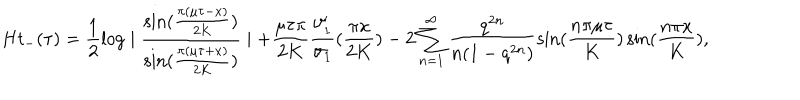
H t _ { - } ( \tau ) = \frac { 1 } { 2 } \log \mid \frac { \sin ( \frac { \pi ( \mu \tau - x ) } { 2 K } ) } { \sin ( \frac { \pi ( \mu \tau + x ) } { 2 K } ) } \mid + \frac { \mu \tau \pi } { 2 K } \frac { \vartheta _ { 1 } ^ { \prime } } { \vartheta _ { 1 } } ( \frac { \pi x } { 2 K } ) - 2 \sum _ { n = 1 } ^ { \infty } \frac { q ^ { 2 n } } { n ( 1 - q ^ { 2 n } ) } \sin ( \frac { n \pi \mu \tau } { K } ) \sin ( \frac { n \pi x } { K } ) ,